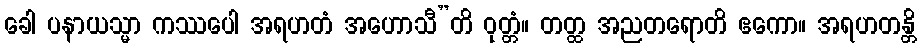
ခေါ ပနာယသ္မာ ကဿပေါ အရဟတံ အဟောသီ”တိ ဝုတ္တံ။ တတ္ထ အညတရောတိ ဧကော။ အရဟတန္တိ